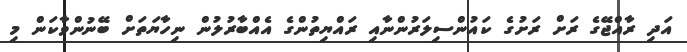
އަދި ރާއްޖޭގެ ރަށް ރަށުގެ ކައުންސިލަރުންނާއި ރައްޔިތުންގެ އެއްބާރުލުން ނިހާޔަތަށް ބޭނުންވާކަން މި